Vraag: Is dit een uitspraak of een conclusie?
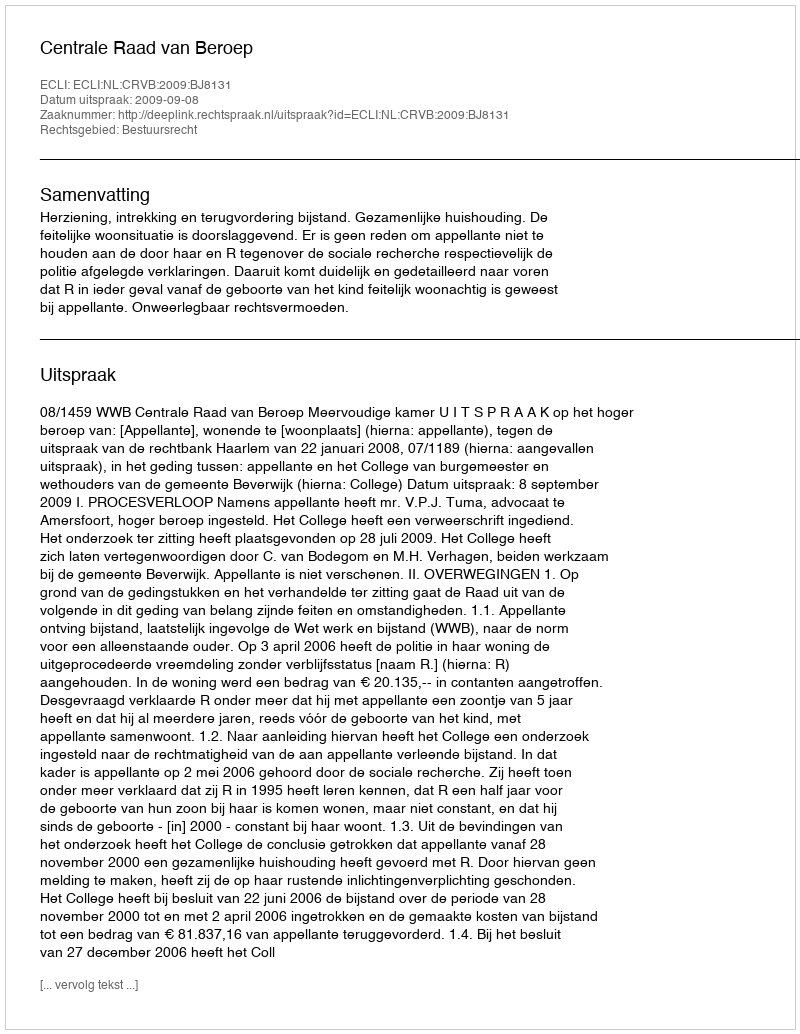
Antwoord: Uitspraak